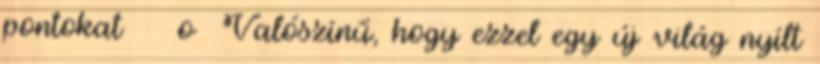
pontokat o Valószínű, hogy ezzel egy új világ nyílt